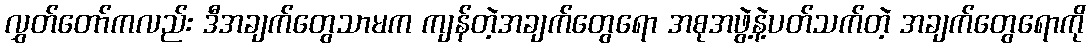
လွှတ်တော်ကလည်း ဒီအချက်တွေသာမက ကျန်တဲ့အချက်တွေရော အစုအဖွဲ့နဲ့ပတ်သက်တဲ့ အချက်တွေရောကို